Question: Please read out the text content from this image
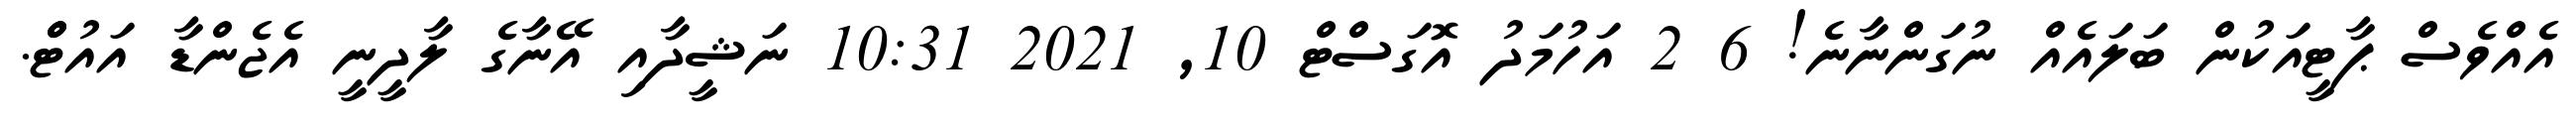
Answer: އެއްވެސް ޕާޓީއަކުން ބަލައެއް ނުގަންނާނެ! 6 2 އަހުމަދު އޮގަސްޓް 10, 2021 10:31 ނަޝީދާއި އޭނާގެ ލާދީނީ އެޖެންޑާ އައުޓްް.